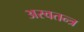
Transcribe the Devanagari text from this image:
अस्वतन्त्र